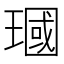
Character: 𪼓